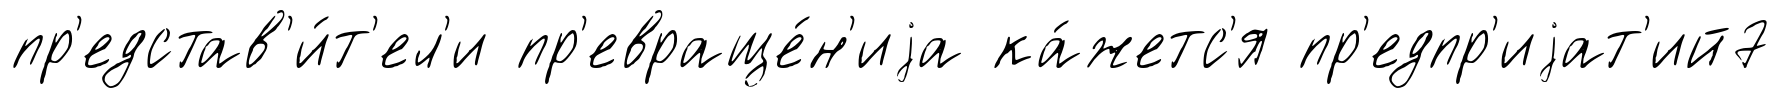
пр'едстав'и́т'ел'и пр'евраще́н'иjа ка́жетс'я пр'едпр'иjат'ий7